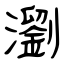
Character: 瀏